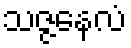
သဇ္ဇနေလံ